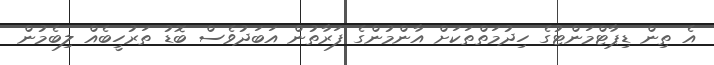
އެ ތިން ޑިޕާޓްމަންޓުގެ ހިދުމަތްތަކަށް އާންމުންގެ ފަރާތުން އަބަދުވެސް ބޮޑު ތަރުހީބެއް ލިބެމުން